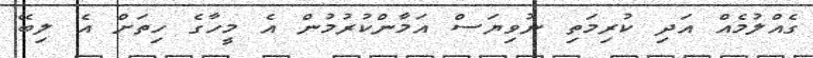
ގެއްލުމެއް އަދި ކުރިމަތި ނުވިޔަސް އަމާންކުރުމުން އެ މީހާގެ ހިތަށް އެ ލިބޭ